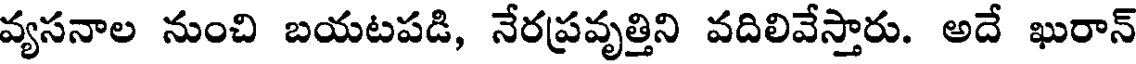
వ్యసనాల నుంచి బయటపడి, నేరప్రవృత్తిని వదిలివేస్తారు. అదే ఖురాన్